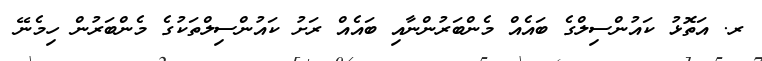
ރ. އަތޮޅު ކައުންސިލްގެ ބައެއް މެންބަރުންނާއި ބައެއް ރަށު ކައުންސިލްތަކުގެ މެންބަރުން ހިމެނޭ